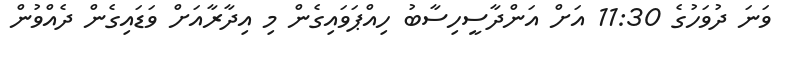
ވަނަ ދުވަހުގެ 11:30 އަށް އަންދާސީހިސާބު ހިއްޕަވައިގެން މި އިދާރާއަށް ވަޑައިގެން ދެއްވުން